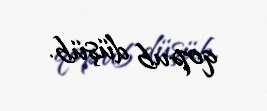
qopub düşüb.